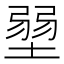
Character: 𡎳